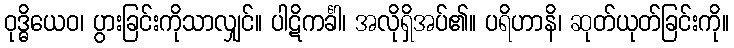
ဝုဒ္ဓိယေဝ၊ ပွားခြင်းကိုသာလျှင်။ ပါဋိကင်္ခါ၊ အလိုရှိအပ်၏။ ပရိဟာနိ၊ ဆုတ်ယုတ်ခြင်းကို။